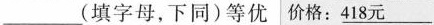
___(填字母，下同)等优 价格： \underline{418元}